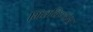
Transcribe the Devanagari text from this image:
भिवविण्यास